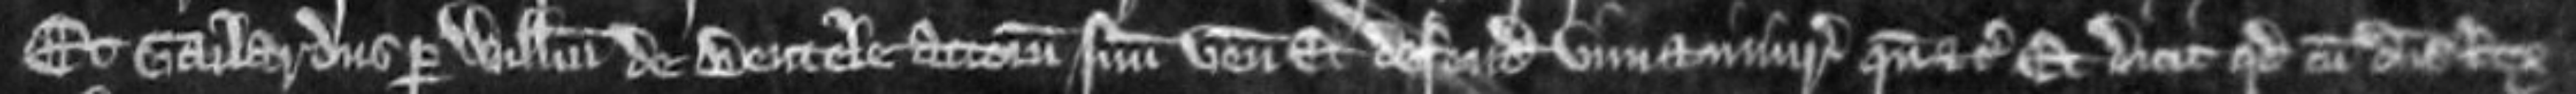
Et Gailardus per Willelmum de Bentele attornatum suum venit et defendit vim et injuriam quando etc Et dicit quod cum dominus rex